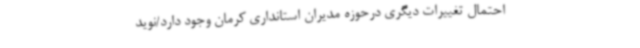
احتمال تغییرات دیگری درحوزه مدیران استانداری کرمان وجود دارد/نوید